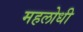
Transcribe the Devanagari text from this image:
महलोधी